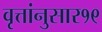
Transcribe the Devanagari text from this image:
वृत्तांनुसार१९